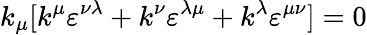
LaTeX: k_{\mu}[k^{\mu}\varepsilon^{\nu\lambda}+k^{\nu}\varepsilon^{\lambda\mu}+k^{\lambda}\varepsilon^{\mu\nu}]=0